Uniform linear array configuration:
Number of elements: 64
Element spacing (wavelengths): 0.75
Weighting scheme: binomial
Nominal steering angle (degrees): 45
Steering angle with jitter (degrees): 43.382
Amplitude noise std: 0.05
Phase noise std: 0.05

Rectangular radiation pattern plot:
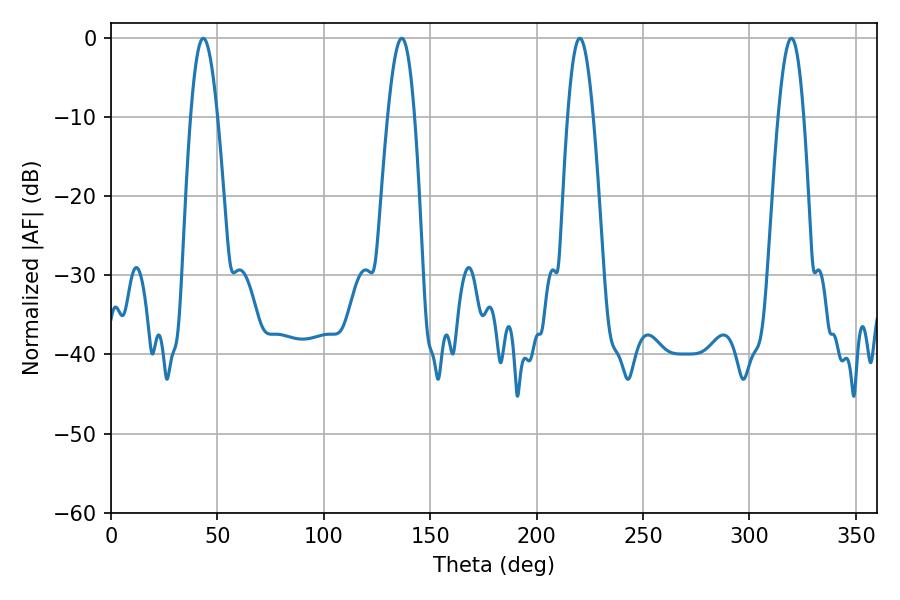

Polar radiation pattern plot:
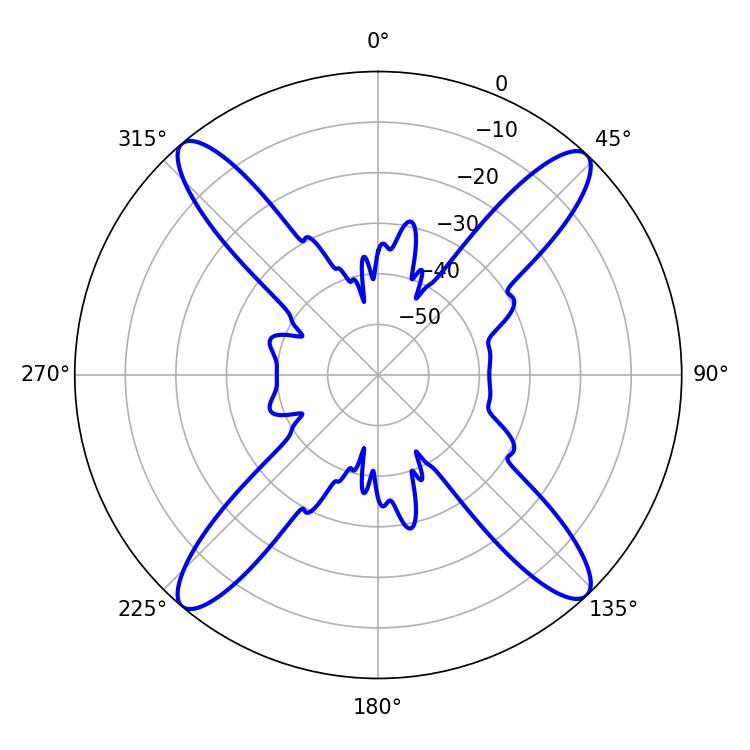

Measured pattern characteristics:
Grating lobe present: TRUE
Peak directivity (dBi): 20.212
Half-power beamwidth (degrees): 6.66
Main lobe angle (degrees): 43.38